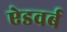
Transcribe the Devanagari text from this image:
ऐडवर्ब